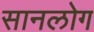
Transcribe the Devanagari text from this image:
सानलोग